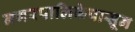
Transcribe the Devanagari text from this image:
नगरपालिकेपासून